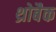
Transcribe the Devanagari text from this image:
थ्रोबैक